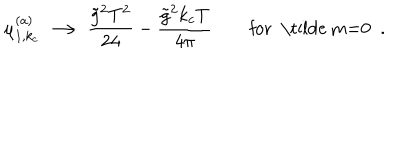
\mu _ { 1 , k _ { c } } ^ { ( a ) } \, \longrightarrow \, { \frac { \tilde { g } ^ { 2 } T ^ { 2 } } { 2 4 } } - { \frac { \tilde { g } ^ { 2 } k _ { c } T } { 4 \pi } } \qquad \mathrm { f o r ~ \tilde { ~ } m = 0 ~ } \; .